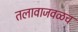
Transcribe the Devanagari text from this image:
तलावाजवळच